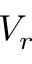
V _ { r }